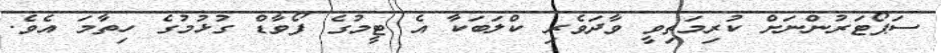
ސަޕޯޓަރުންނަށް ކުރިމަތިވީ ވާދަވެރި ކްލަބަކާ އެ ޓީމުގެ ފޯވާޑް ގުޅުމުގެ ހިތާމަ އެވެ.